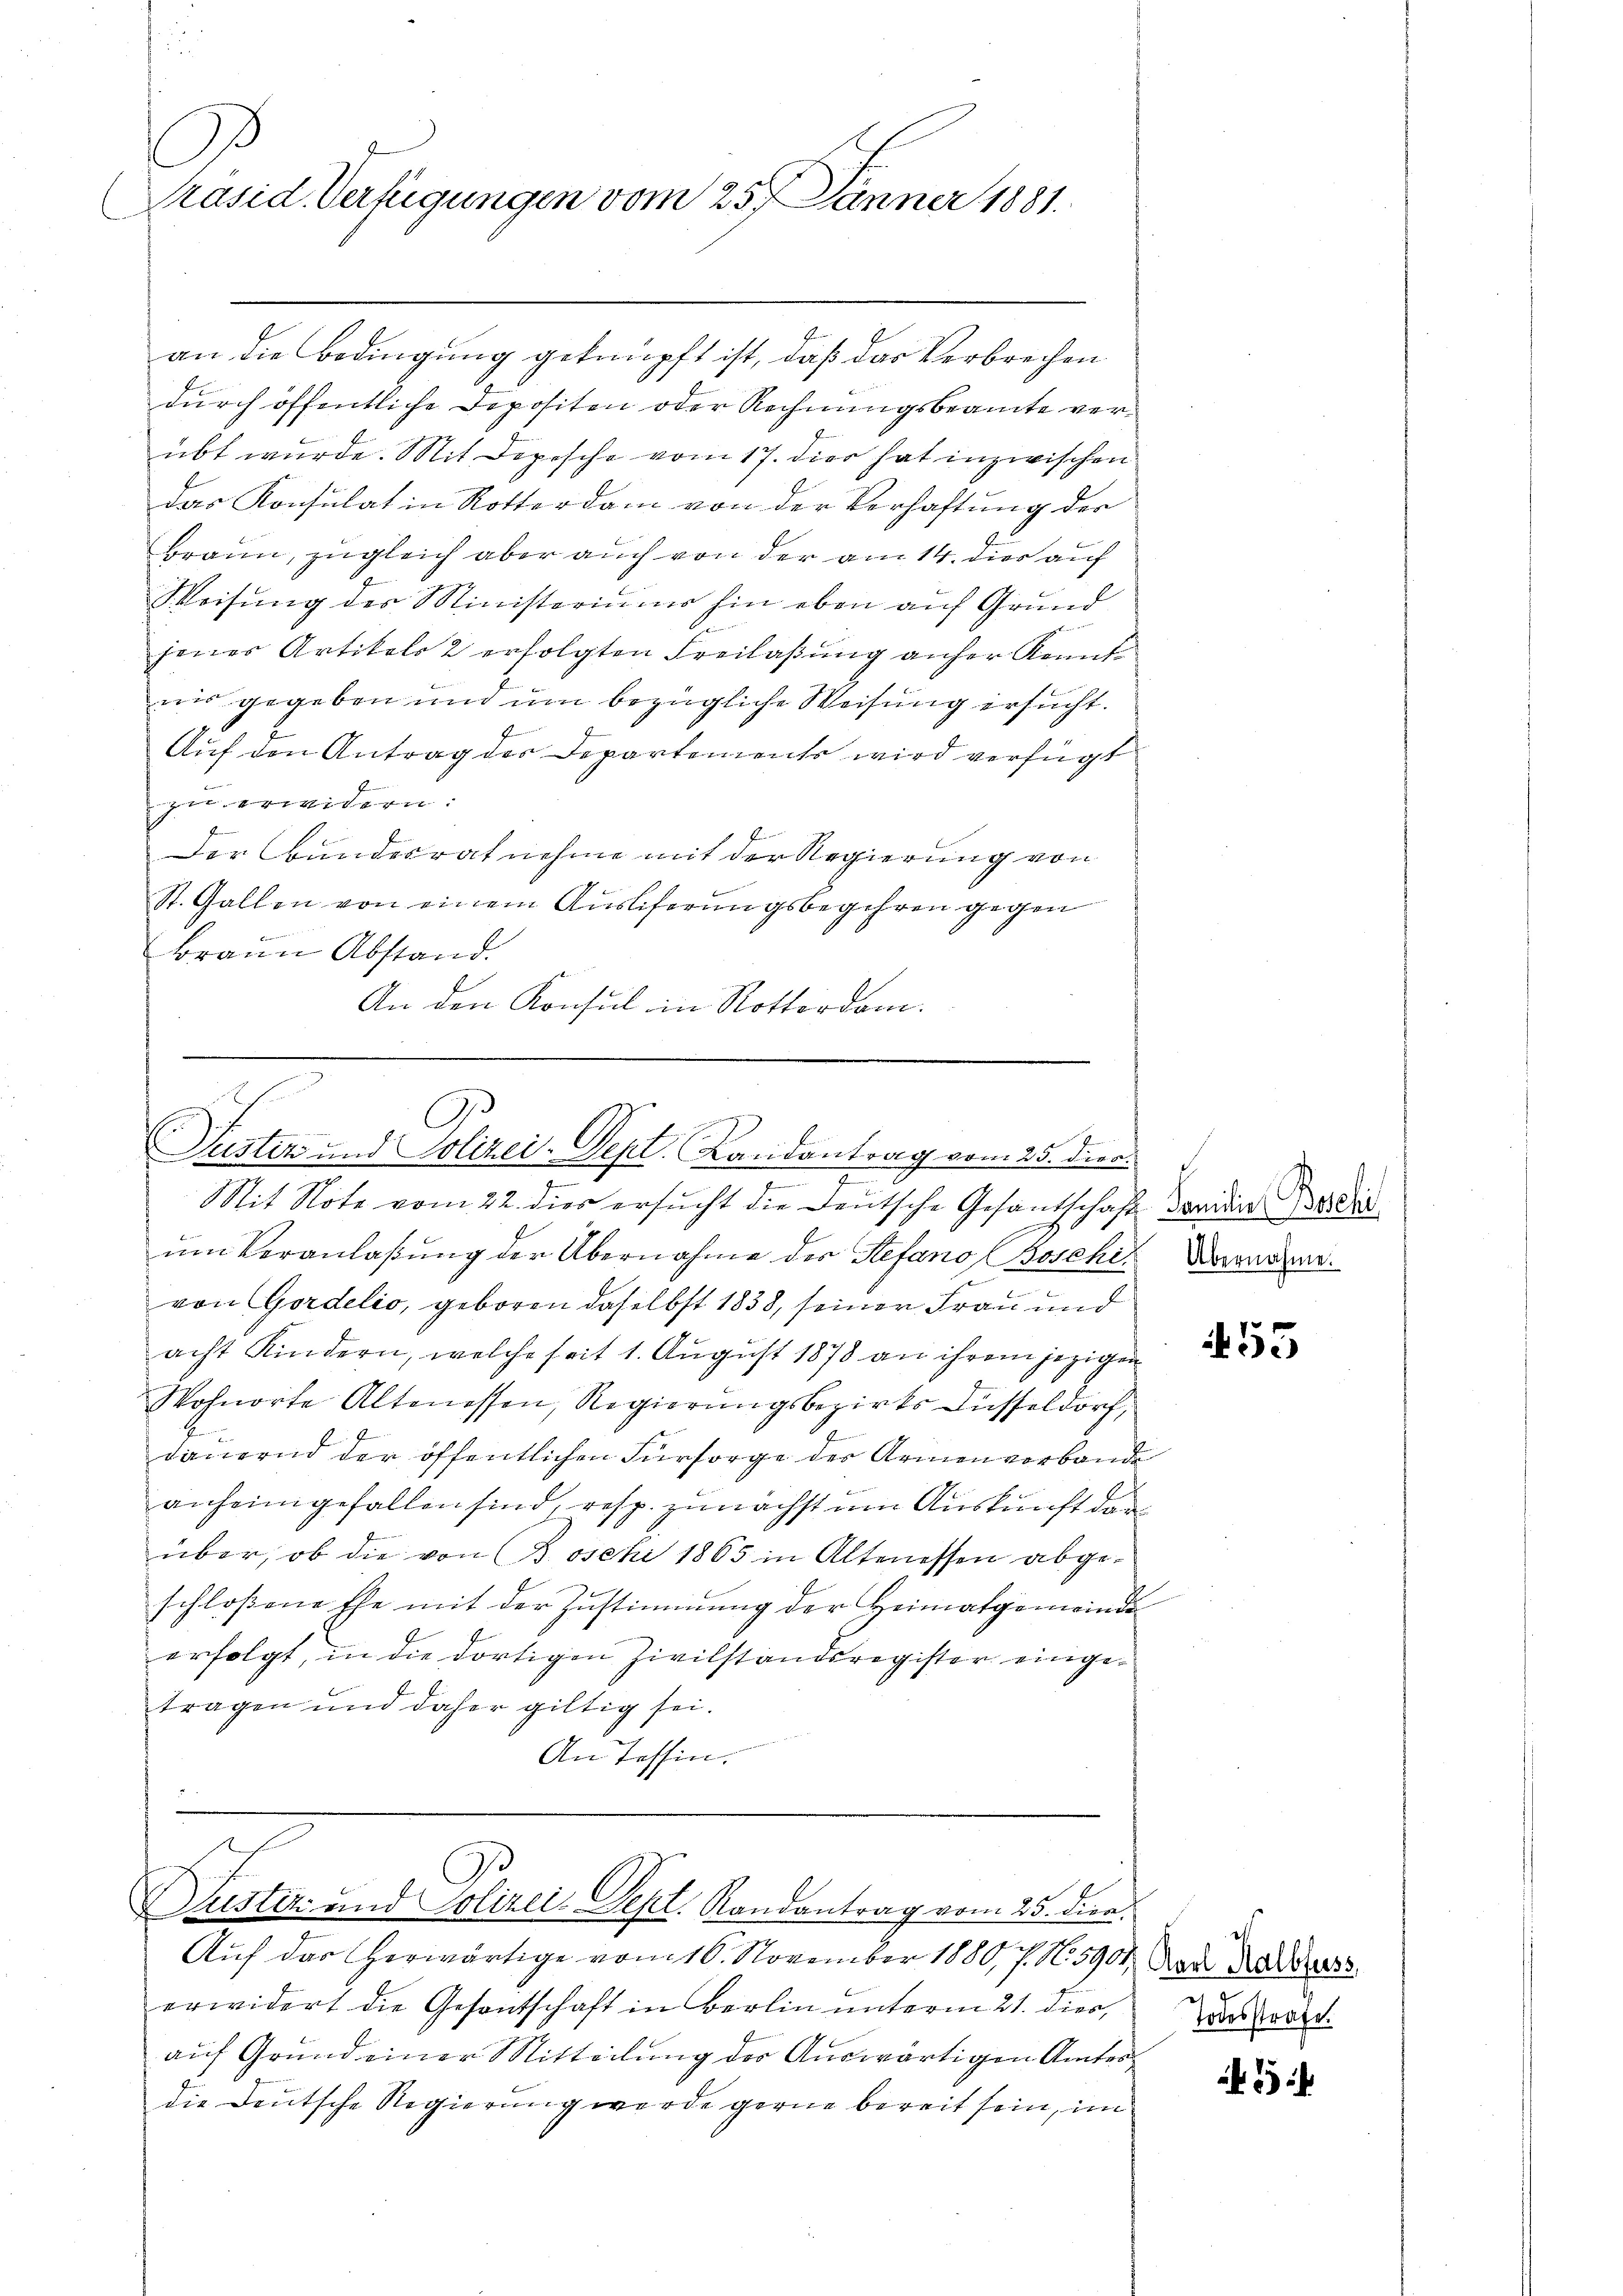
3
Präsid. Verfügungen vom 25. Jänner 1881.

an die Bedingung geknüpft ist, daß das Verbrechen
durch öffentliche Depositen oder Rechnungsbeamte verübt wurde. Mit Depesche vom 17. dies hat inzwischen
das Konsulat in Rotterdam von der Verhaftung der
Braun, zugleich aber auch von der am 14. dies auf
Weisung des Ministeriums hin eben auf Grund
jenes Artikels 2 erfolgten Freilaßung anher Kennt
nis gegeben und um bezügliche Weisung ersucht.
Auf den Antrag der Departements wird verfügt
zu erwidern:
Der Bundesrat nehme mit der Regierung von
St. Gallen von einem Auslieferungsbegehren gegen
Brann Abstand.
An den Konsul in Rotterdam.

d
C
Justiz und Polizei-Sept. Landantrag vom 25. dies
e

Mit Note vom 22. dies ersucht die Deutsche Gesandschaft worden Badis
um Veranlaßung der Übernahme der Stefang Boschi Dowerzen.
von Gordelio, geboren daselbst 1838, seiner Frau und
acht Kindern, welche seit 1. August 1878 an ihrem jezigen
Wohnorte Altenessen, Regierŭngsbezirks Küsseldorf,
dauernd der öffentlichen Fürsorge der Armenverbande
anheimgefallen sind, resp. zunächst um Auskunft der
über, ob die von Boschi 1865 in Altenessen abgeschlossene Ehe mit der Zustimmung der Heimatgemeinde
erfolgt, in die dortigen Zivilstandsregister eingetragen und daher giltig sei.
An Tessin.

G
Justiz- und Polizei- Sept. Randantrag vom 25. dien.

Auf das herwärtige vom 16. November 1880, s. No. 5901, Rede Mass
erwidert die Gesantschaft in Berlin unterm 21. dies,
auf Grund einer Mitteilung der Auswärtigen Amtes
die Deutsche Regierung werde gerne bereit sein, im

55

Todesstrafe.